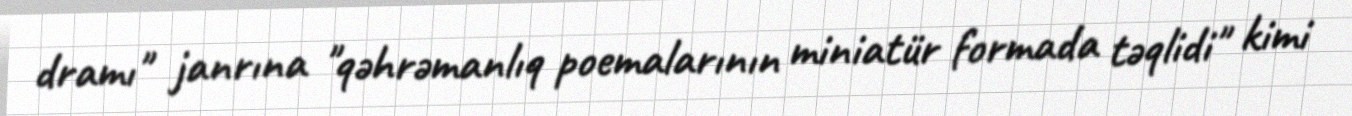
dramı" janrına "qəhrəmanlıq poemalarının miniatür formada təqlidi" kimi